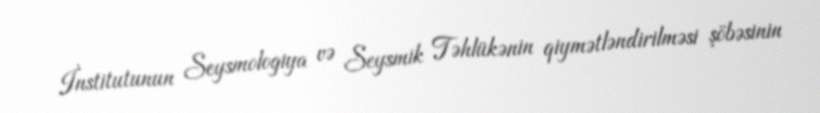
İnstitutunun Seysmologiya və Seysmik Təhlükənin qiymətləndirilməsi şöbəsinin